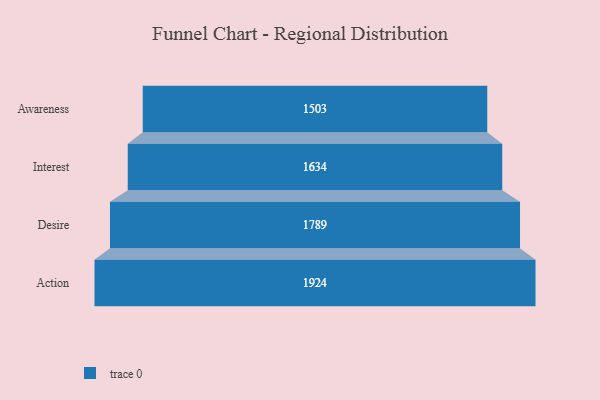
{"axis": {"x": "Stage", "y": "Value"}, "legend": [""], "data": [{"x": "Awareness", "y": 1503.0, "type": ""}, {"x": "Interest", "y": 1634.0, "type": ""}, {"x": "Desire", "y": 1789.0, "type": ""}, {"x": "Action", "y": 1924.0, "type": ""}]}